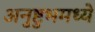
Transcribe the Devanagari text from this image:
अनुष्टुभमध्ये